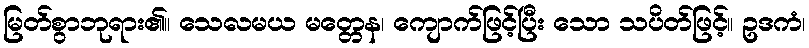
မြတ်စွာဘုရား၏။ သေလမယ မတ္တေန၊ ကျောက်ဖြင့်ပြီး သော သပိတ်ဖြင့်။ ဥဒကံ၊